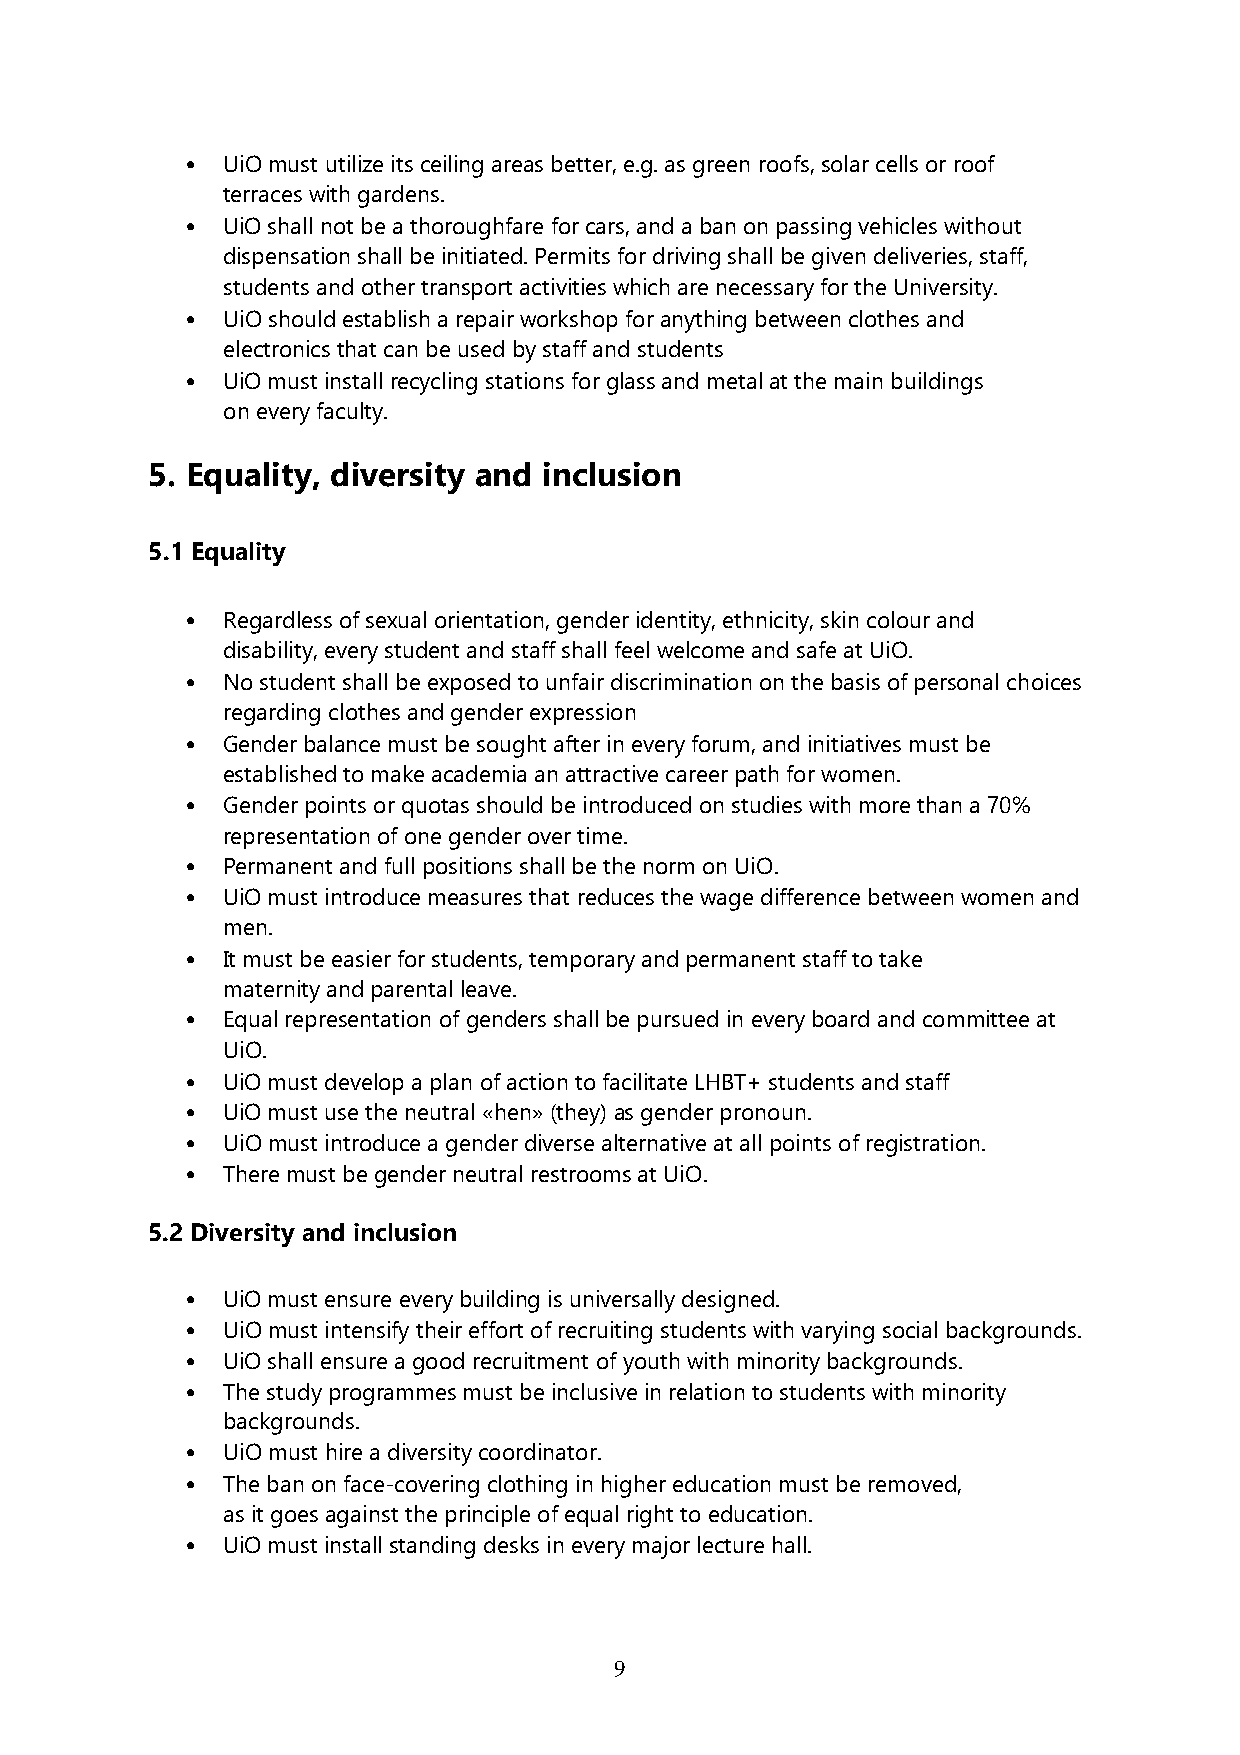
•  UiO must utilize its ceiling areas better, e.g. as green roofs, solar cells or roof
 terraces with gardens.
 •  UiO shall not be a thoroughfare for cars, and a ban on passing vehicles without
 dispensation shall be initiated. Permits for driving shall be given deliveries, staff,
 students and other transport activities which are necessary for the University.
 •  UiO should establish a repair workshop for anything between clothes and
 electronics that can be used by staff and students
 •  UiO must install recycling stations for glass and metal at the main buildings
 on every faculty.
 5. Equality, diversity and inclusion
 5.1 Equality
 •  Regardless of sexual orientation, gender identity, ethnicity, skin colour and
 disability, every student and staff shall feel welcome and safe at UiO.
 •  No student shall be exposed to unfair discrimination on the basis of personal choices
 regarding clothes and gender expression
 •  Gender balance must be sought after in every forum, and initiatives must be
 established to make academia an attractive career path for women.
 •  Gender points or quotas should be introduced on studies with more than a 70%
 representation of one gender over time.
 •  Permanent and full positions shall be the norm on UiO.
 •  UiO must introduce measures that reduces the wage difference between women and
 men.
 •  It must be easier for students, temporary and permanent staff to take
 maternity and parental leave.
 •  Equal representation of genders shall be pursued in every board and committee at
 UiO.
 •  UiO must develop a plan of action to facilitate LHBT+ students and staff
 •  UiO must use the neutral «hen» (they) as gender pronoun.
 •  UiO must introduce a gender diverse alternative at all points of registration.
 •  There must be gender neutral restrooms at UiO.
 5.2 Diversity and inclusion
 •  UiO must ensure every building is universally designed.
 •  UiO must intensify their effort of recruiting students with varying social backgrounds.
 •  UiO shall ensure a good recruitment of youth with minority backgrounds.
 •  The study programmes must be inclusive in relation to students with minority
 backgrounds.
 •  UiO must hire a diversity coordinator.
 •  The ban on face-covering clothing in higher education must be removed,
 as it goes against the principle of equal right to education.
 •  UiO must install standing desks in every major lecture hall.
 9